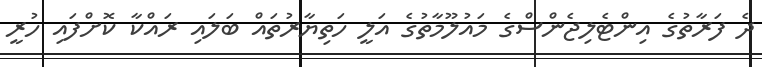
ދެ ފަރާތުގެ އިންޓެލިޖެންސްގެ މައުލޫމާތުގެ އަލީ ހަތިޔާރުތައް ބަލައި ރައްކާ ކޮށްފައި ހުރީ